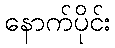
နောက်ပိုင်း